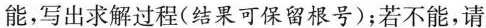
能，写出求解过程（结果可保留根号）;若不能，请